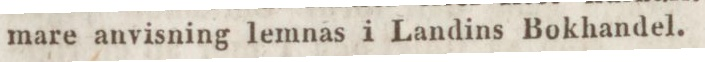
mare anvisning lemnas i Landins Bokhandel.